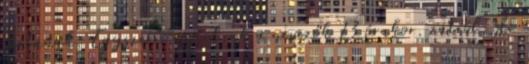
tartanak. Egyszerre rajtolnak a nevezők 13 órakor. zatról, de